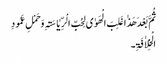
ثُمَّ بَعْدَ ھَذٰاغَلِبَ الْھَوٰی لِحُبِّ الْرِّیٰاسَۃِ وَحَمْلِ عَمُودِ
الْخِلاٰفَۃِ۔